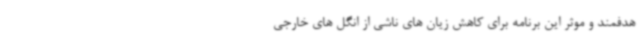
هدفمند و موثر این برنامه برای کاهش زیان های ناشی از انگل های خارجی